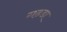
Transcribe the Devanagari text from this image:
गढडा